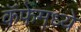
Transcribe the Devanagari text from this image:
कॅफेमध्ये